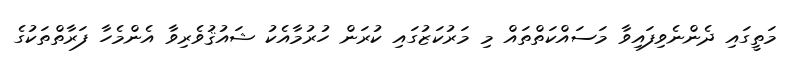
މަތީގައި ދެންނެވިފައިވާ މަސައްކަތްތައް މި މަރުކަޒުގައި ކުރަން ހުރުމާއެކު ޝައުޤުވެރިވާ އެންމެހާ ފަރާތްތަކުގެ